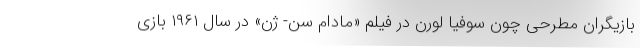
بازیگران مطرحی چون سوفیا لورن در فیلم «مادام سن- ژن» در سال ۱۹۶۱ بازی